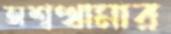
অশ্বত্থামার